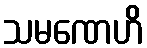
သမဏေဟိ